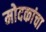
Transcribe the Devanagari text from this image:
मोदकांचा